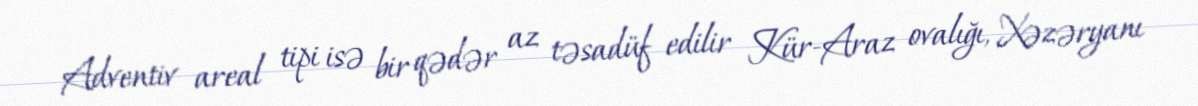
Adventiv areal tipi isə bir qədər az təsadüf edilir Kür-Araz ovalığı, Xəzəryanı